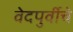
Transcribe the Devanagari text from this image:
वेदपुर्वीचे